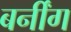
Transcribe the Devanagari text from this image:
बर्नींग